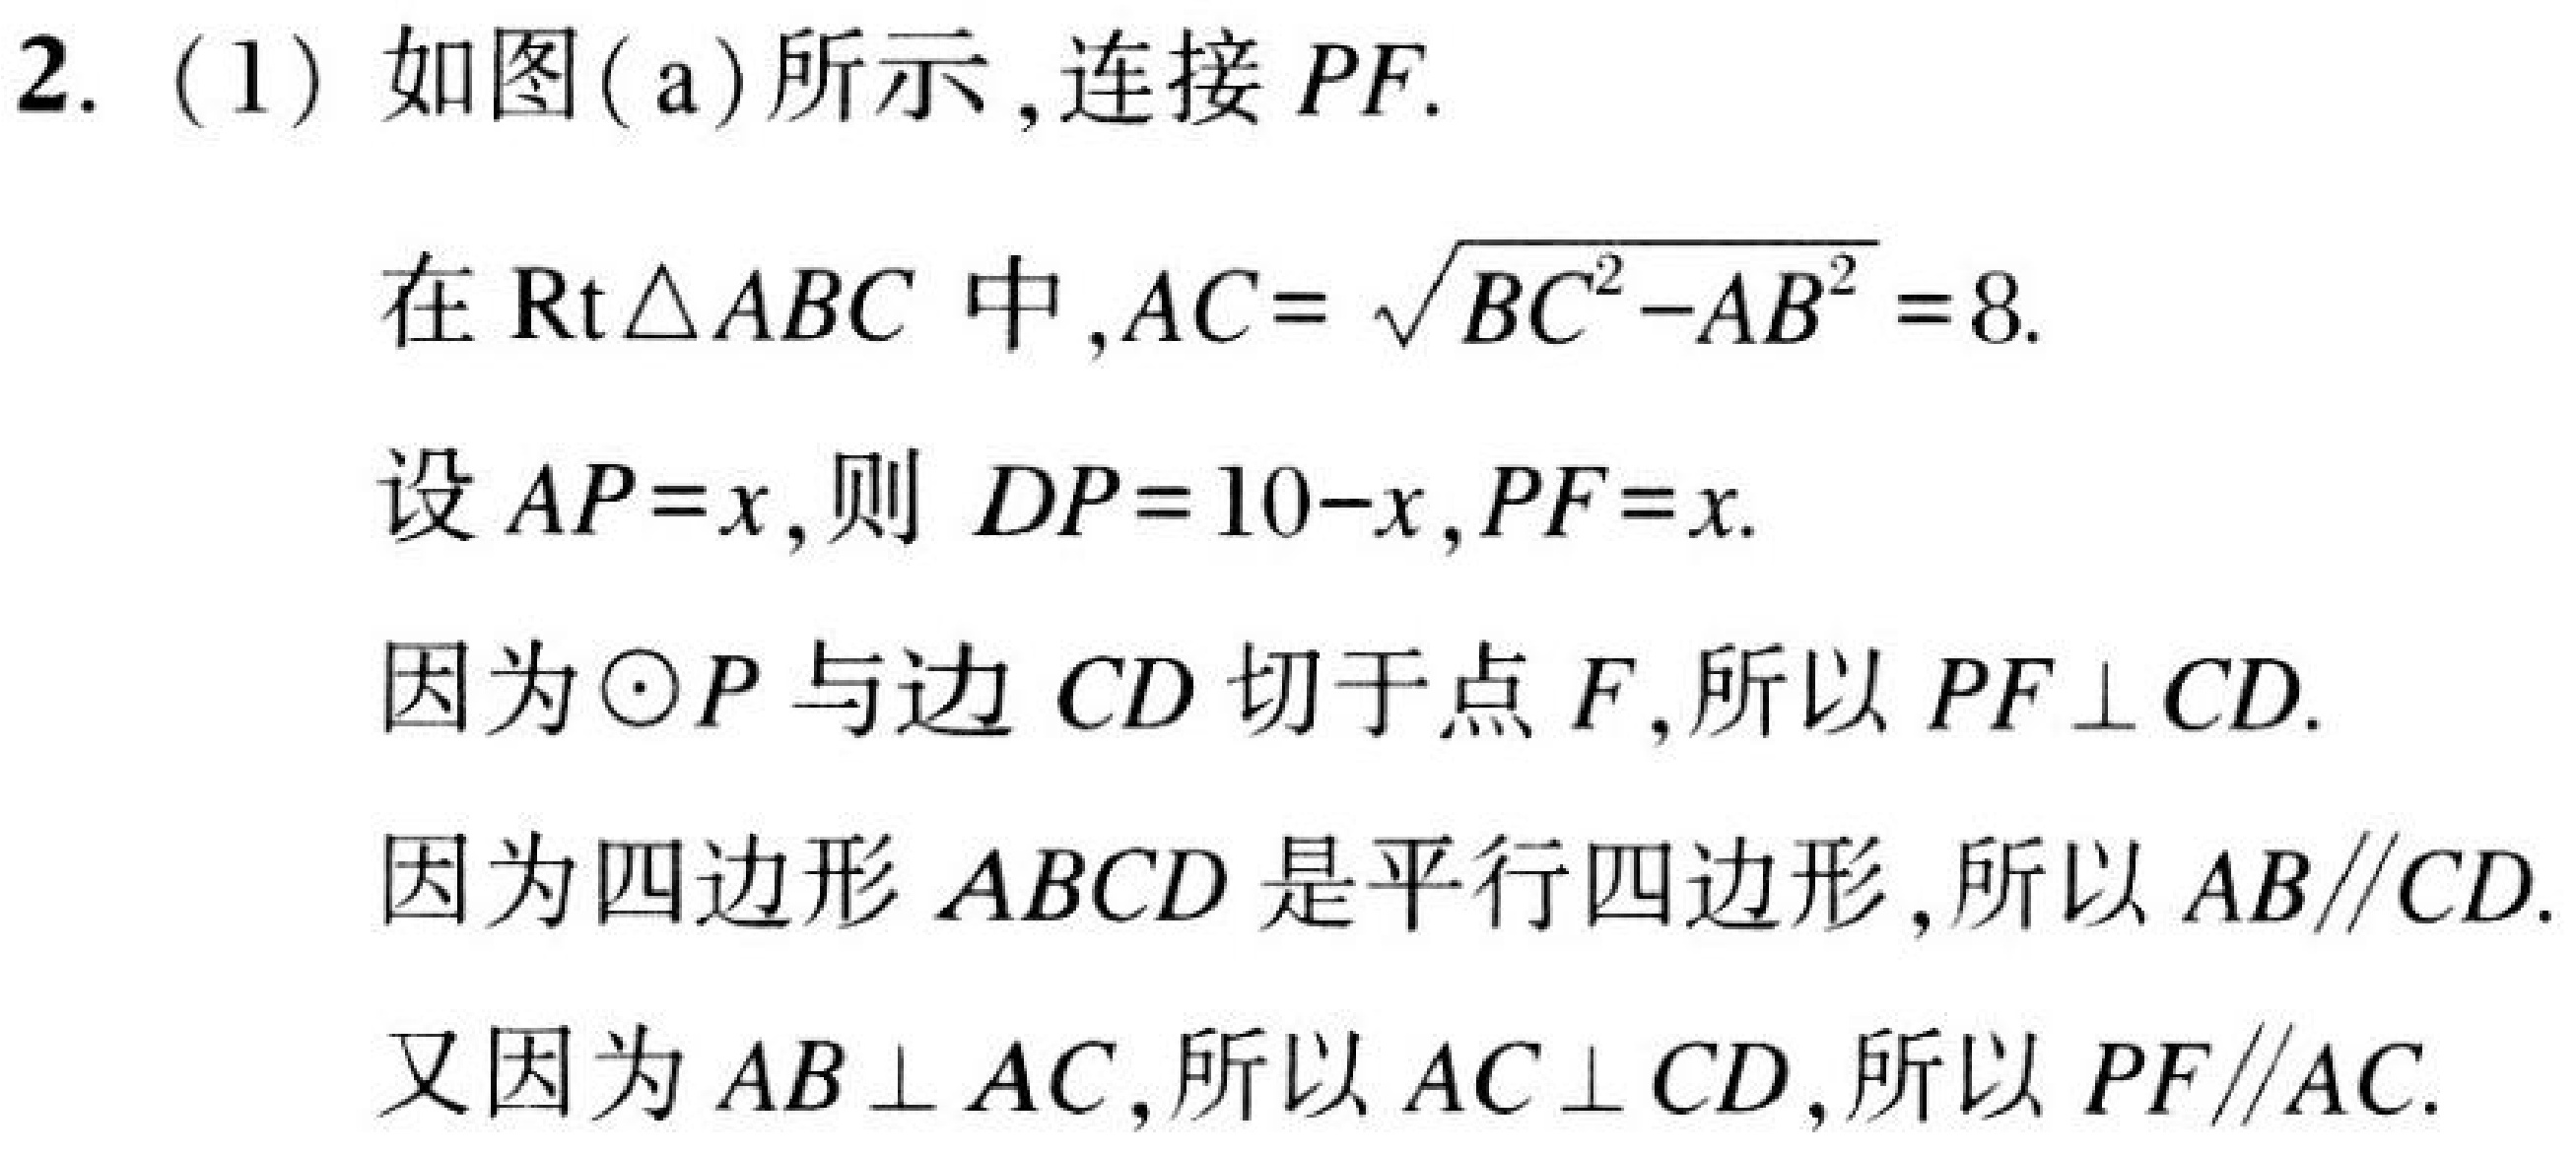
2. (1) 如图(a)所示,连接 \(PF\).
在 \(\text{Rt}\triangle ABC\) 中,\(AC = \sqrt{BC^{2}-AB^{2}} = 8\).
设 \(AP = x\),则 \(DP = 10 - x\),\(PF = x\).
因为\(\odot P\) 与边 \(CD\) 切于点 \(F\),所以 \(PF\perp CD\).
因为四边形 \(ABCD\) 是平行四边形,所以 \(AB\parallel CD\).
又因为 \(AB\perp AC\),所以 \(AC\perp CD\),所以 \(PF\parallel AC\).